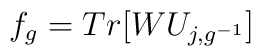
f_g = Tr[W U_{j,g^{-1}} ]